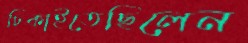
ঢিকাইতেছিলেন